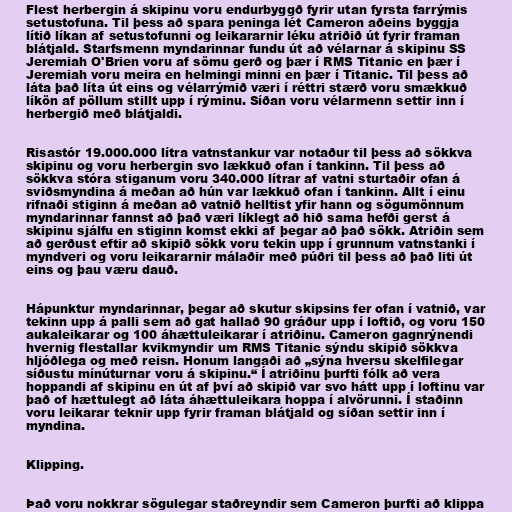
Flest herbergin á skipinu voru endurbyggð fyrir utan fyrsta farrýmis
setustofuna. Til þess að spara peninga lét Cameron aðeins byggja
lítið líkan af setustofunni og leikararnir léku atriðið út fyrir framan
blátjald. Starfsmenn myndarinnar fundu út að vélarnar á skipinu SS
Jeremiah O'Brien voru af sömu gerð og þær í RMS Titanic en þær í
Jeremiah voru meira en helmingi minni en þær í Titanic. Til þess að
láta það líta út eins og vélarrýmið væri í réttri stærð voru smækkuð
líkön af pöllum stillt upp í rýminu. Síðan voru vélarmenn settir inn í
herbergið með blátjaldi.

Risastór 19.000.000 lítra vatnstankur var notaður til þess að sökkva
skipinu og voru herbergin svo lækkuð ofan í tankinn. Til þess að
sökkva stóra stiganum voru 340.000 lítrar af vatni sturtaðir ofan á
sviðsmyndina á meðan að hún var lækkuð ofan í tankinn. Allt í einu
rifnaði stiginn á meðan að vatnið helltist yfir hann og sögumönnum
myndarinnar fannst að það væri líklegt að hið sama hefði gerst á
skipinu sjálfu en stiginn komst ekki af þegar að það sökk. Atriðin sem
að gerðust eftir að skipið sökk voru tekin upp í grunnum vatnstanki í
myndveri og voru leikararnir málaðir með púðri til þess að það liti út
eins og þau væru dauð.

Hápunktur myndarinnar, þegar að skutur skipsins fer ofan í vatnið, var
tekinn upp á palli sem að gat hallað 90 gráður upp í loftið, og voru 150
aukaleikarar og 100 áhættuleikarar í atriðinu. Cameron gagnrýnendi
hvernig flestallar kvikmyndir um RMS Titanic sýndu skipið sökkva
hljóðlega og með reisn. Honum langaði að „sýna hversu skelfilegar
síðustu mínúturnar voru á skipinu.“ Í atriðinu þurfti fólk að vera
hoppandi af skipinu en út af því að skipið var svo hátt upp í loftinu var
það of hættulegt að láta áhættuleikara hoppa í alvörunni. Í staðinn
voru leikarar teknir upp fyrir framan blátjald og síðan settir inn í
myndina.

Klipping.

Það voru nokkrar sögulegar staðreyndir sem Cameron þurfti að klippa